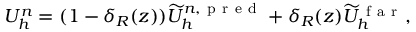
U _ { h } ^ { n } = ( 1 - \delta _ { R } ( z ) ) \widetilde { U } _ { h } ^ { n , \mathrm { ~ p ~ r ~ e ~ d ~ } } + \delta _ { R } ( z ) \widetilde { U } _ { h } ^ { \mathrm { ~ f ~ a ~ r ~ } } ,